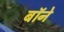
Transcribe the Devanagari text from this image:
बॉने